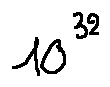
1 0 ^ { 3 2 }